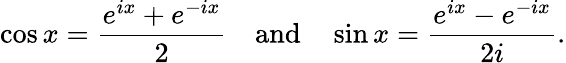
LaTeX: \cos x={\frac{e^{ix}+e^{-ix}}{2}}\quad{\mathrm{and}}\quad\sin x={\frac{e^{ix}-e^{-ix}}{2i}}.